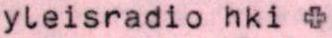
yleisradio hki +